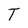
Character: T